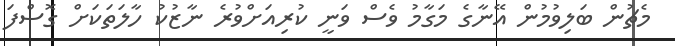
މެޗުން ބަލިވުމުން އޭނާގެ މަގާމު ވެސް ވަނީ ކުރިއަށްވުރެ ނާޒުކު ހާލަތަކަށް ގޮސްފަ